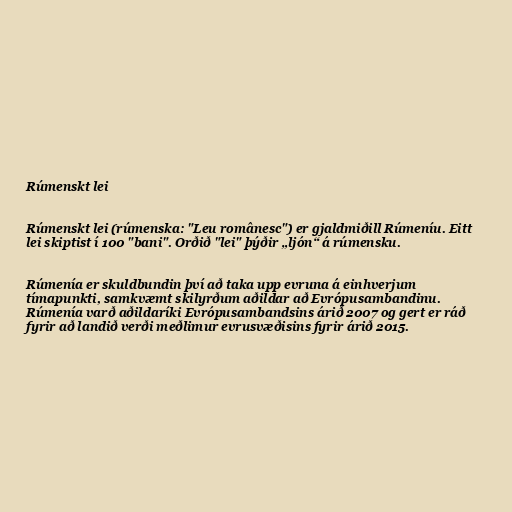
Rúmenskt lei

Rúmenskt lei (rúmenska: "Leu românesc") er gjaldmiðill Rúmeníu. Eitt
lei skiptist í 100 "bani". Orðið "lei" þýðir „ljón“ á rúmensku.

Rúmenía er skuldbundin því að taka upp evruna á einhverjum
tímapunkti, samkvæmt skilyrðum aðildar að Evrópusambandinu.
Rúmenía varð aðildaríki Evrópusambandsins árið 2007 og gert er ráð
fyrir að landið verði meðlimur evrusvæðisins fyrir árið 2015.